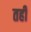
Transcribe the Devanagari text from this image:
तहीं